Source: Handwritten
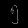
Digit: ၅ (5)